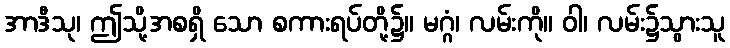
အာဒီသု၊ ဤသို့အစရှိ သော စကားရပ်တို့၌။ မဂ္ဂံ၊ လမ်းကို။ ဝါ၊ လမ်း၌သွားသူ